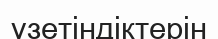
үзетіндіктерін